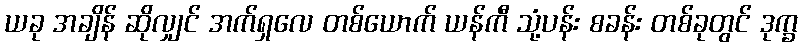
ယခု အချိန် ဆိုလျှင် အက်ရှလေ တစ်ယောက် ယန်ကီ သုံ့ပန်း စခန်း တစ်ခုတွင် ဒုက္ခ